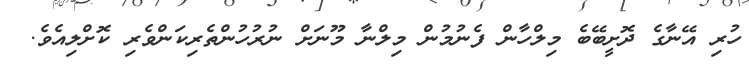
ހުރި އޭނާގެ ދޮށީބޭބެ މިލްހާން ފެނުމުން މިލްނާ މޫނަށް ނުރުހުންތެރިކަންވެރި ކޮށްލިއެވެ.